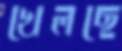
খেলছে